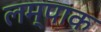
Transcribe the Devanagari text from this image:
लम्पाक